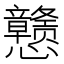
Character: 戆